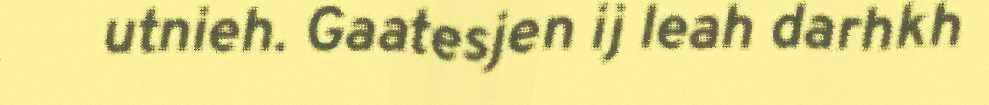
utnieh. Gaatesjen ij leah darhkh